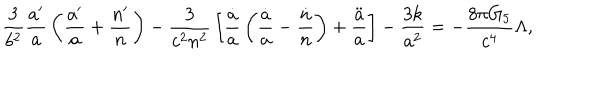
{ \frac { 3 } { b ^ { 2 } } } { \frac { a ^ { \prime } } { a } } \left( { \frac { a ^ { \prime } } { a } } + { \frac { n ^ { \prime } } { n } } \right) - { \frac { 3 } { c ^ { 2 } n ^ { 2 } } } \left[ { \frac { \dot { a } } { a } } \left( { \frac { \dot { a } } { a } } - { \frac { \dot { n } } { n } } \right) + { \frac { \ddot { a } } { a } } \right] - { \frac { 3 k } { a ^ { 2 } } } = - { \frac { 8 \pi G _ { 5 } } { c ^ { 4 } } } \Lambda ,